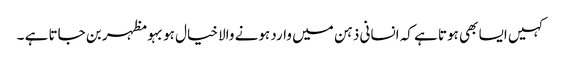
کہیں ایسا بھی ہوتا ہے کہ انسانی ذہن میں وارد ہونے والا خیال ہوبہو مظہر بن جاتا ہے ۔